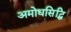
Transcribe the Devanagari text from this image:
अमोधसिद्धि